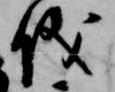
儀